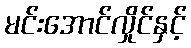
မင်းအောင်လှိုင်နှင့်